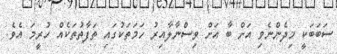
ސަބަބަކީ މިދެންނެވި އަށް ބާ އަށް ވިސްނާލާއިރު ހަމަތަކުގައި ތަފާތުތަކެއް ހުރީމަ އެވެ.